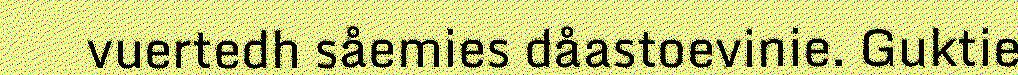
vuertedh såemies dåastoevinie. Guktie